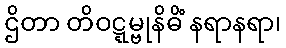
ဌိတာ တိဝဋ္ဋမ္ဗုနိဓိံ နရာနရာ၊